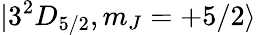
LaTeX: |3^{2}D_{5/2},m_{J}=+5/2\rangle